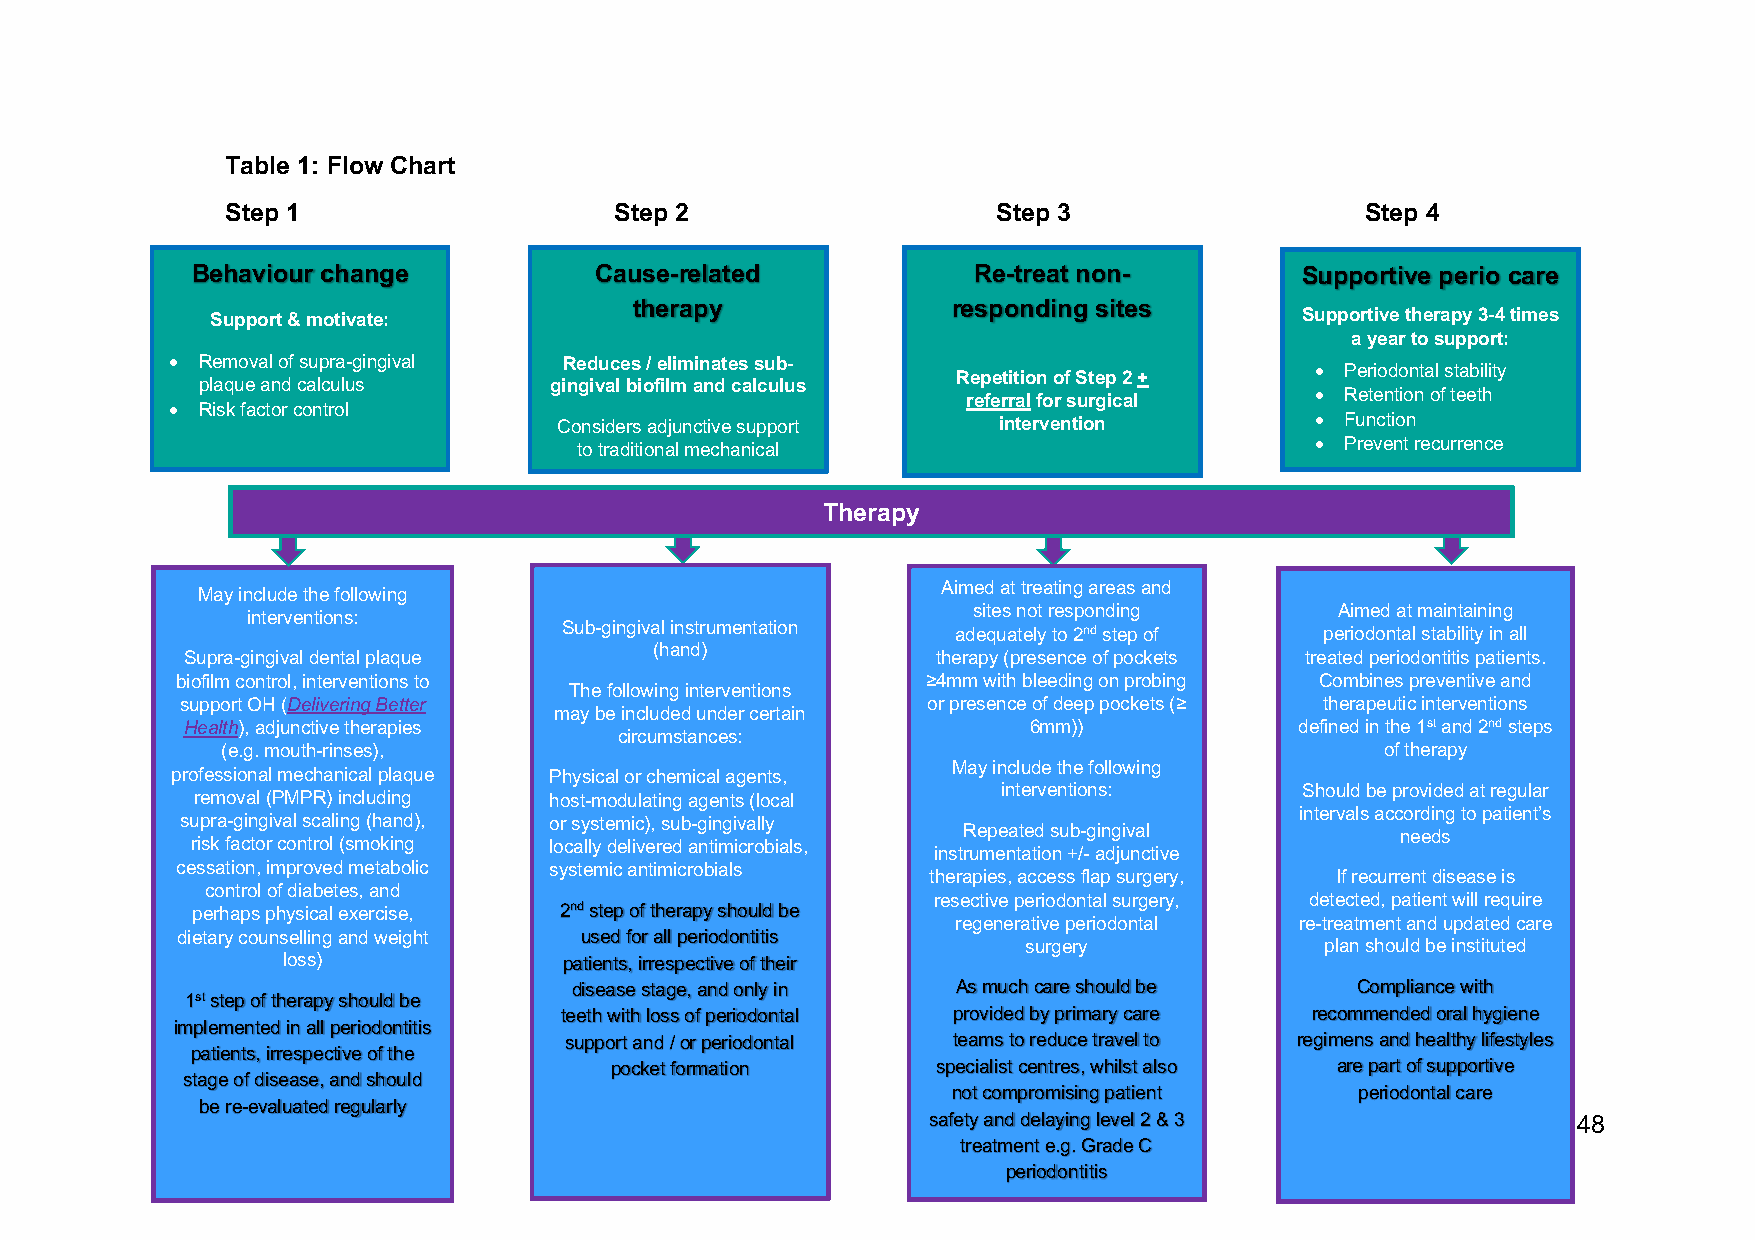
Table 1: Flow Chart
 Step 1                    Step 2                   Step 3                  Step 4
 Behaviour change          Cause-related            Re-treat non-         Supportive perio care
 Support & motivate:
 therapy              responding sites
 Supportive the rapy 3-4 times
 a year to support:
 • Removal of supra-gingival Reduces / eliminates sub-
 • Periodontal stability
 plaq ue and c alculus  gingival biofilm and calculus
 Repetition of Step 2 +
 referral for surgical  • Retention of teeth
 • Risk factor control
 Considers adjunctive support intervention         • Function
 to traditional mechanical                        • Prevent recurrence
 therapies
 Therapy
 Aimed at treating areas and
 May include the following
 sites not responding     Aimed at maintaining
 interventions:
 Sub-gingival instrumentation adequately to 2nd step of periodontal stability in all
 (hand)
 Supra-gingival dental plaque                      therapy (presence of pockets treated periodontitis patients.
 biofilm control, interventions to                ≥4mm with bleeding on probing Combines preventive and
 The following interventions
 support OH (Delivering Better
 may be included under certain
 or presence of deep pockets (≥ therapeutic interventions
 Health), adjunctive therapies                           6mm))             defined in the 1st and 2nd steps
 circumstances:
 (e.g. mouth-rinses),                                                         of therapy
 May include the following
 professional mechanical plaque Physical or chemical agents,
 removal (PMPR) including host-modulating agents (local
 interventions:      Should be provided at regular
 intervals according to patient’s
 supra-gingival scaling (hand), or systemic), sub-gingivally
 Repeated sub-gingival        needs
 risk factor control (smoking locally delivered antimicrobials,
 instrumentation +/- adjunctive
 cessation, improved metabolic systemic antimicrobials
 therapies, access flap surgery, If recurrent disease is
 control of diabetes, and
 resective periodontal surgery, detected, patient will require
 perhaps physical exercise, 2nd step of therapy should be
 regenerative periodontal re-treatment and updated care
 dietary counselling and weight used for all periodontitis
 surgery             plan should be instituted
 loss)             patients, irrespective of their
 disease stage, and only in As much care should be   Compliance with
 1st step of therapy should be
 teeth with loss of periodontal provided by primary care recommended oral hygiene
 implemented in all periodontitis
 support and / or periodontal teams to reduce travel to regimens and healthy lifestyles
 patients, irrespective of the
 pocket formation      specialist centres, whilst also are part of supportive
 stage of disease, and should
 not compromising patient   periodontal care
 be re-evaluated regularly
 safety and delaying level 2 & 3           48
 treatment e.g. Grade C
 periodontitis